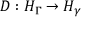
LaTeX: D : H _ { \Gamma } \to H _ { \gamma }